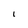
Character: I